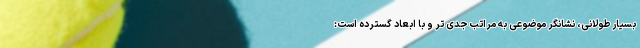
بسیار طولانی، نشانگر موضوعی به مراتب جدی تر و با ابعاد گسترده است: